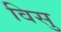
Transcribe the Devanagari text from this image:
विसु